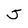
Character: 5